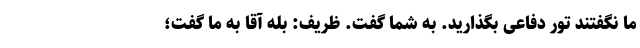
ما نگفتند تور دفاعی بگذارید. به شما گفت. ظریف: بله آقا به ما گفت؛